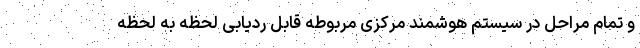
و تمام مراحل در سیستم هوشمند مرکزی مربوطه قابل ردیابی لحظه به لحظه